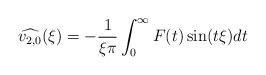
LaTeX: \begin{align*} \widehat{v_{2,0}}(\xi) = -\frac{1}{\xi \pi} \int_{0}^{\infty} F(t) \sin(t\xi) dt\end{align*}